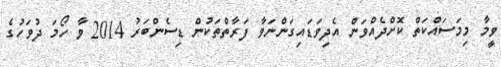
ވީމާ މިމަސައްކަތް ކޮށްދެއްވަން އެދިވަޑައިގަންނަވާ ފަރާތްތަކުން ޑިސެންބަރު 2014 ވާ ހޯމަ ދުވަހުގެ